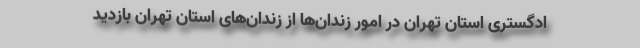
ادگستری استان تهران در امور زندان‌ها از زندان‌های استان تهران بازدید